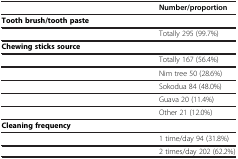
<table><thead><tr><td><b> </b></td><td><b>Number/proportion</b></td></tr></thead><tbody><tr><td><b>Tooth brush/tooth paste</b></td><td> </td></tr><tr><td> </td><td>Totally 295 (99.7%)</td></tr><tr><td><b>Chewing sticks source</b></td><td> </td></tr><tr><td> </td><td>Totally 167 (56.4%)</td></tr><tr><td> </td><td>Nim tree 50 (28.6%)</td></tr><tr><td> </td><td>Sokodua 84 (48.0%)</td></tr><tr><td> </td><td>Guava 20 (11.4%)</td></tr><tr><td> </td><td>Other 21 (12.0%)</td></tr><tr><td><b>Cleaning frequency</b></td><td> </td></tr><tr><td> </td><td>1 time/day 94 (31.8%)</td></tr><tr><td> </td><td>2 times/day 202 (62.2%)</td></tr></tbody></table>